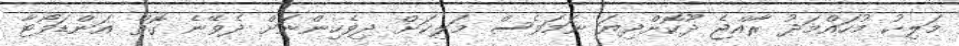
މަލިކު މުހައްމަދު ރާއްޖެ ދޫކޮށްދިޔަ ނަމަވެސް މަލިކަށް ދިވެހިންނަށް ދެވޭނެ ގޮތް އަންޑަވޯޓާ